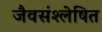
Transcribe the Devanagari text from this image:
जैवसंश्लेषित